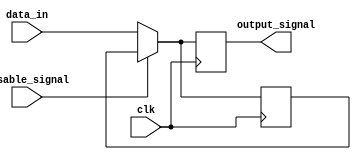
module Disable (
    input wire disable_signal,  // Control signal to enable/disable the block
    input wire clk,             // Clock signal for synchronous operation
    input wire [N-1:0] data_in, // Input data to be processed (N-bit wide)
    output reg [N-1:0] output_signal // Output signal (N-bit wide)
);
    parameter N = 8; // Define the width of the data signals, can be modified as needed

    // Internal register to hold the last valid output value
    reg [N-1:0] last_valid_output;

    always @(posedge clk) begin
        if (disable_signal) begin
            // Block is disabled, retain last valid output
            output_signal <= last_valid_output;
        end else begin
            // Block is enabled, process input and update output
            output_signal <= data_in;
            last_valid_output <= data_in; // Store the last valid output
        end
    end

endmodule